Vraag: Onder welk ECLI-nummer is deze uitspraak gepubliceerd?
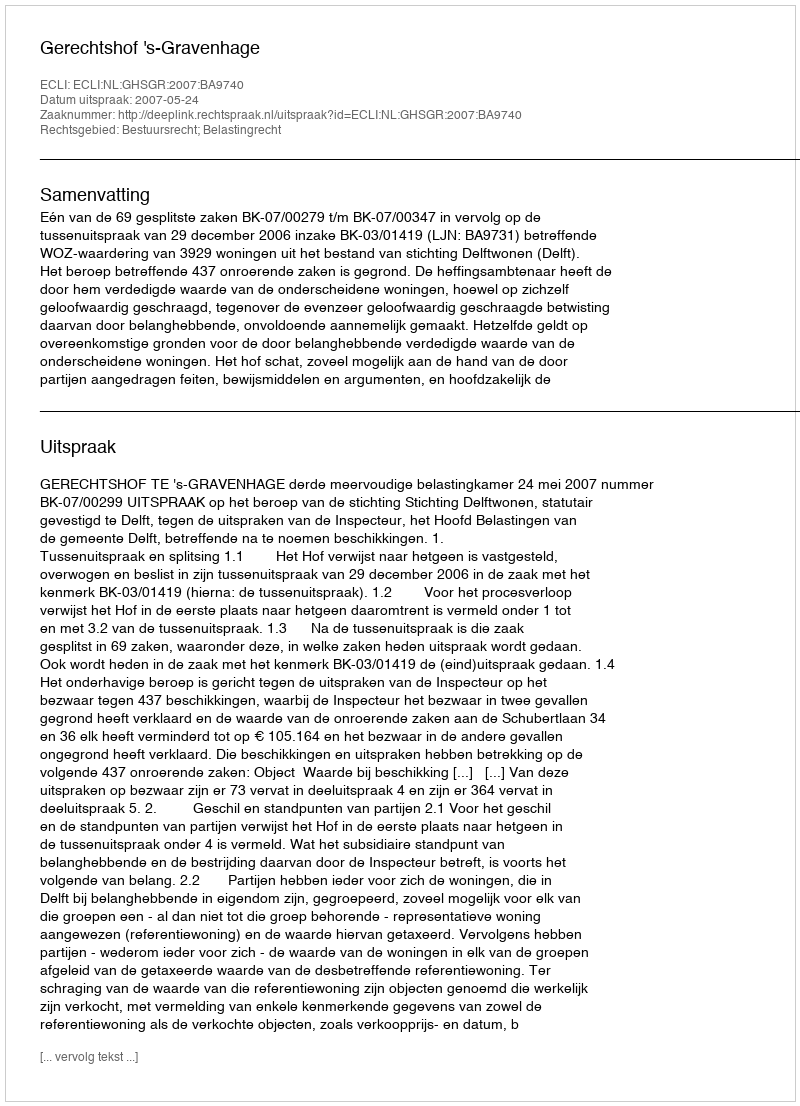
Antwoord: ECLI:NL:GHSGR:2007:BA9740